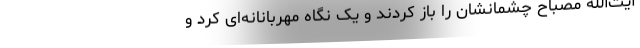
آیت‌الله مصباح چشمانشان را باز کردند و یک نگاه مهربانانه‌ای کرد و